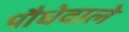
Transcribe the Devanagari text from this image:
पौधेवाले